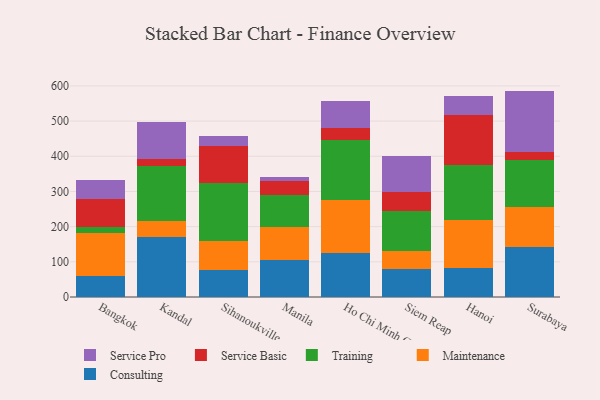
{"axis": {"x": "City", "y": "Inventory Turnover"}, "legend": ["Consulting", "Maintenance", "Service Basic", "Service Pro", "Training"], "data": [{"x": "Bangkok", "y": 60.6, "type": "Consulting"}, {"x": "Bangkok", "y": 120.1, "type": "Maintenance"}, {"x": "Bangkok", "y": 17.8, "type": "Training"}, {"x": "Bangkok", "y": 79.7, "type": "Service Basic"}, {"x": "Bangkok", "y": 55.1, "type": "Service Pro"}, {"x": "Kandal", "y": 171.4, "type": "Consulting"}, {"x": "Kandal", "y": 46.0, "type": "Maintenance"}, {"x": "Kandal", "y": 156.1, "type": "Training"}, {"x": "Kandal", "y": 19.8, "type": "Service Basic"}, {"x": "Kandal", "y": 103.6, "type": "Service Pro"}, {"x": "Sihanoukville", "y": 77.4, "type": "Consulting"}, {"x": "Sihanoukville", "y": 82.9, "type": "Maintenance"}, {"x": "Sihanoukville", "y": 164.0, "type": "Training"}, {"x": "Sihanoukville", "y": 105.6, "type": "Service Basic"}, {"x": "Sihanoukville", "y": 26.9, "type": "Service Pro"}, {"x": "Manila", "y": 104.6, "type": "Consulting"}, {"x": "Manila", "y": 95.1, "type": "Maintenance"}, {"x": "Manila", "y": 91.1, "type": "Training"}, {"x": "Manila", "y": 38.8, "type": "Service Basic"}, {"x": "Manila", "y": 12.5, "type": "Service Pro"}, {"x": "Ho Chi Minh City", "y": 124.7, "type": "Consulting"}, {"x": "Ho Chi Minh City", "y": 151.3, "type": "Maintenance"}, {"x": "Ho Chi Minh City", "y": 171.2, "type": "Training"}, {"x": "Ho Chi Minh City", "y": 32.0, "type": "Service Basic"}, {"x": "Ho Chi Minh City", "y": 77.9, "type": "Service Pro"}, {"x": "Siem Reap", "y": 79.3, "type": "Consulting"}, {"x": "Siem Reap", "y": 51.3, "type": "Maintenance"}, {"x": "Siem Reap", "y": 112.7, "type": "Training"}, {"x": "Siem Reap", "y": 55.7, "type": "Service Basic"}, {"x": "Siem Reap", "y": 102.7, "type": "Service Pro"}, {"x": "Hanoi", "y": 82.5, "type": "Consulting"}, {"x": "Hanoi", "y": 136.3, "type": "Maintenance"}, {"x": "Hanoi", "y": 156.2, "type": "Training"}, {"x": "Hanoi", "y": 141.0, "type": "Service Basic"}, {"x": "Hanoi", "y": 56.4, "type": "Service Pro"}, {"x": "Surabaya", "y": 141.7, "type": "Consulting"}, {"x": "Surabaya", "y": 114.6, "type": "Maintenance"}, {"x": "Surabaya", "y": 132.5, "type": "Training"}, {"x": "Surabaya", "y": 22.4, "type": "Service Basic"}, {"x": "Surabaya", "y": 174.8, "type": "Service Pro"}]}